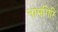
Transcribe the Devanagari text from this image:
नामगिरि